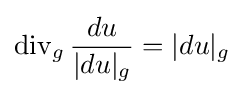
\operatorname {div} _{g}{\frac {du}{|du|_{g}}}=|du|_{g}